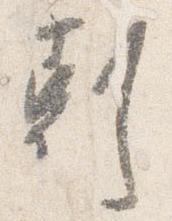
剋